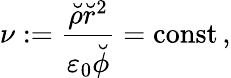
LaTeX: \nu:=\frac{\breve{\rho}\breve{r}^{2}}{\varepsilon_{0}\breve{\phi}}=\mathrm{const\, },